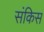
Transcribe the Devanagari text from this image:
संकिस